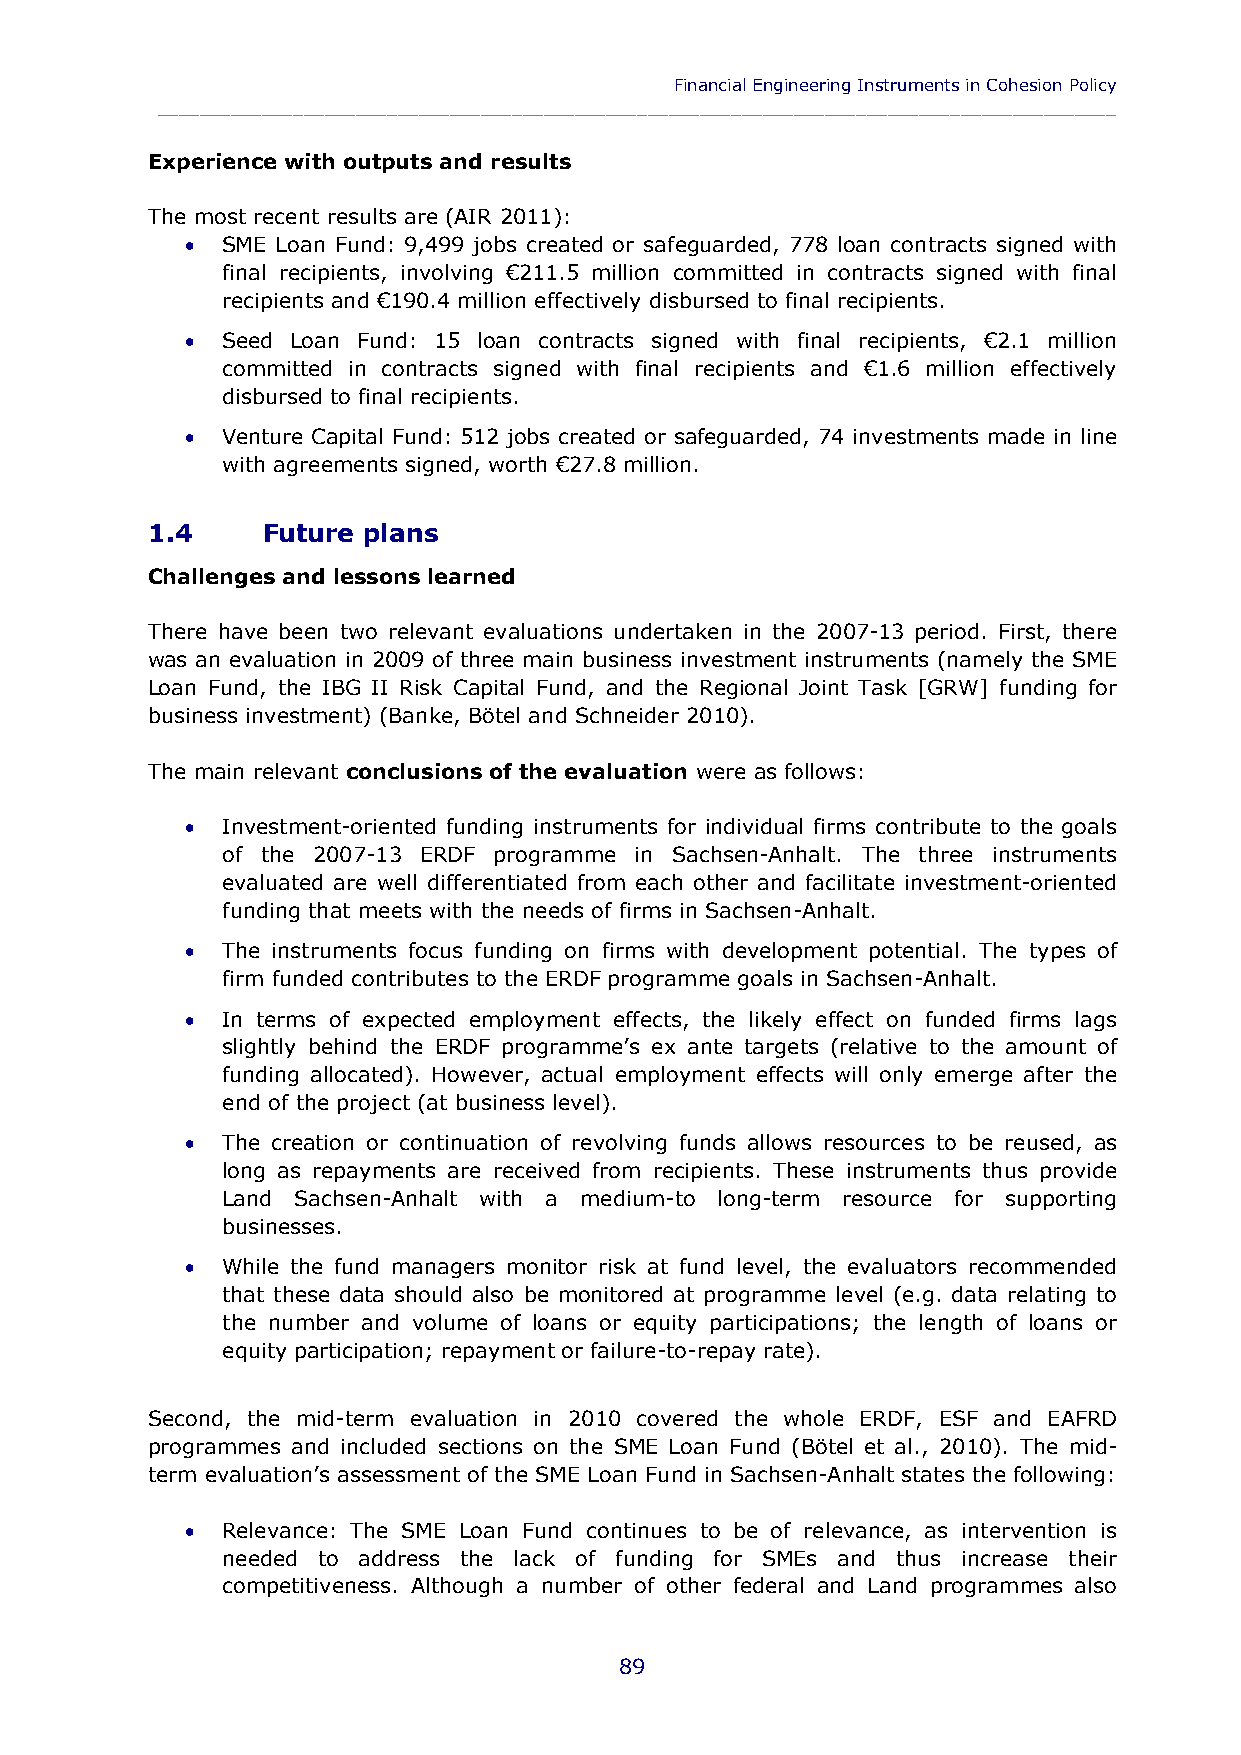
Financial Engineering Instruments in Cohesion Policy
 ____________________________________________________________________________________________
 Experience with outputs and results
 The most recent results are (AIR 2011):
   SME Loan Fund: 9,499 jobs created or safeguarded, 778 loan contracts signed with
 final recipients, involving €211.5 million committed in contracts signed with final
 recipients and €190.4 million effectively disbursed to final recipients.
   Seed Loan Fund: 15 loan contracts signed with final recipients, €2.1 million
 committed in contracts signed with final recipients and €1.6 million effectively
 disbursed to final recipients.
   Venture Capital Fund: 512 jobs created or safeguarded, 74 investments made in line
 with agreements signed, worth €27.8 million.
 1.4    Future plans
 Challenges and lessons learned
 There have been two relevant evaluations undertaken in the 2007-13 period. First, there
 was an evaluation in 2009 of three main business investment instruments (namely the SME
 Loan Fund, the IBG II Risk Capital Fund, and the Regional Joint Task [GRW] funding for
 business investment) (Banke, Bötel and Schneider 2010).
 The main relevant conclusions of the evaluation were as follows:
   Investment-oriented funding instruments for individual firms contribute to the goals
 of the 2007-13 ERDF programme in Sachsen-Anhalt. The three instruments
 evaluated are well differentiated from each other and facilitate investment-oriented
 funding that meets with the needs of firms in Sachsen-Anhalt.
   The instruments focus funding on firms with development potential. The types of
 firm funded contributes to the ERDF programme goals in Sachsen-Anhalt.
   In terms of expected employment effects, the likely effect on funded firms lags
 slightly behind the ERDF programme’s ex ante targets (relative to the amount of
 funding allocated). However, actual employment effects will only emerge after the
 end of the project (at business level).
   The creation or continuation of revolving funds allows resources to be reused, as
 long as repayments are received from recipients. These instruments thus provide
 Land Sachsen-Anhalt with a medium-to long-term resource for supporting
 businesses.
   While the fund managers monitor risk at fund level, the evaluators recommended
 that these data should also be monitored at programme level (e.g. data relating to
 the number and volume of loans or equity participations; the length of loans or
 equity participation; repayment or failure-to-repay rate).
 Second, the mid-term evaluation in 2010 covered the whole ERDF, ESF and EAFRD
 programmes and included sections on the SME Loan Fund (Bötel et al., 2010). The mid-
 term evaluation’s assessment of the SME Loan Fund in Sachsen-Anhalt states the following:
   Relevance: The SME Loan Fund continues to be of relevance, as intervention is
 needed to address the lack of funding for SMEs and thus increase their
 competitiveness. Although a number of other federal and Land programmes also
 89